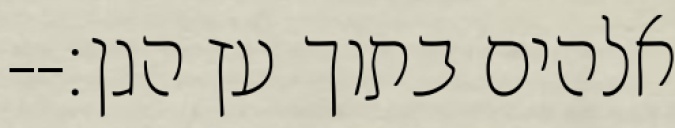
אלהים בתוך עץ הגן׃--